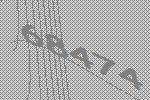
68474